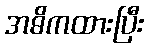
အဓိကထားပြီး